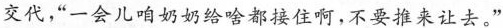
交代，“一会儿咱奶奶给啥都接住啊，不要推来让去。”